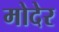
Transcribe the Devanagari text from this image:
मोदेर